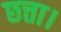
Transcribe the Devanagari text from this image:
छत्ता।